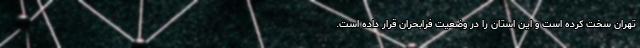
تهران سخت کرده است و این استان را در وضعیت فرابحران قرار داده است.